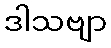
ဒါသဗျာ